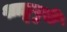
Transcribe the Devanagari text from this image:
शाहूपुरी